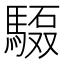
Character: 𲋺